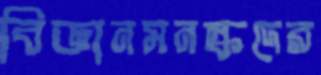
বিজ্ঞানমনস্কদের